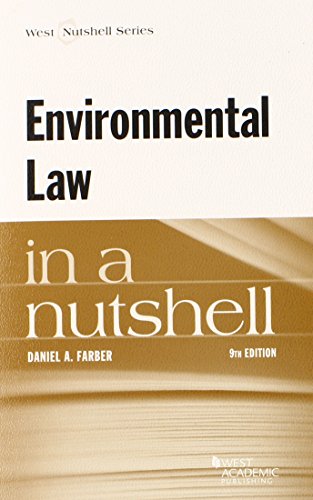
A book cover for Environmental Law in a Nutshell; Daniel Farber; Law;